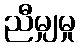
ညီမျှမှု